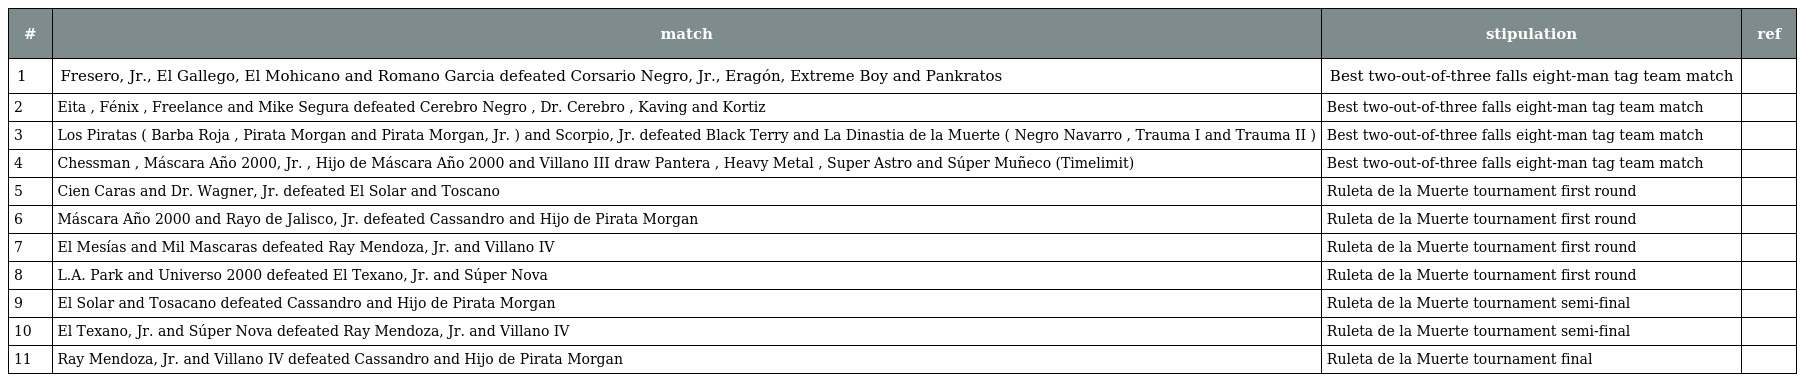
| # | match | stipulation | ref |
 | --- | --- | --- | --- |
 | 1 | Fresero, Jr., El Gallego, El Mohicano and Romano Garcia defeated Corsario Negro, Jr., Eragón, Extreme Boy and Pankratos | Best two-out-of-three falls eight-man tag team match |  |
 | 2 | Eita , Fénix , Freelance and Mike Segura defeated Cerebro Negro , Dr. Cerebro , Kaving and Kortiz | Best two-out-of-three falls eight-man tag team match |  |
 | 3 | Los Piratas ( Barba Roja , Pirata Morgan and Pirata Morgan, Jr. ) and Scorpio, Jr. defeated Black Terry and La Dinastia de la Muerte ( Negro Navarro , Trauma I and Trauma II ) | Best two-out-of-three falls eight-man tag team match |  |
 | 4 | Chessman , Máscara Año 2000, Jr. , Hijo de Máscara Año 2000 and Villano III draw Pantera , Heavy Metal , Super Astro and Súper Muñeco (Timelimit) | Best two-out-of-three falls eight-man tag team match |  |
 | 5 | Cien Caras and Dr. Wagner, Jr. defeated El Solar and Toscano | Ruleta de la Muerte tournament first round |  |
 | 6 | Máscara Año 2000 and Rayo de Jalisco, Jr. defeated Cassandro and Hijo de Pirata Morgan | Ruleta de la Muerte tournament first round |  |
 | 7 | El Mesías and Mil Mascaras defeated Ray Mendoza, Jr. and Villano IV | Ruleta de la Muerte tournament first round |  |
 | 8 | L.A. Park and Universo 2000 defeated El Texano, Jr. and Súper Nova | Ruleta de la Muerte tournament first round |  |
 | 9 | El Solar and Tosacano defeated Cassandro and Hijo de Pirata Morgan | Ruleta de la Muerte tournament semi-final |  |
 | 10 | El Texano, Jr. and Súper Nova defeated Ray Mendoza, Jr. and Villano IV | Ruleta de la Muerte tournament semi-final |  |
 | 11 | Ray Mendoza, Jr. and Villano IV defeated Cassandro and Hijo de Pirata Morgan | Ruleta de la Muerte tournament final |  |